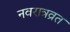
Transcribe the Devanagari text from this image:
नवरात्रव्रत